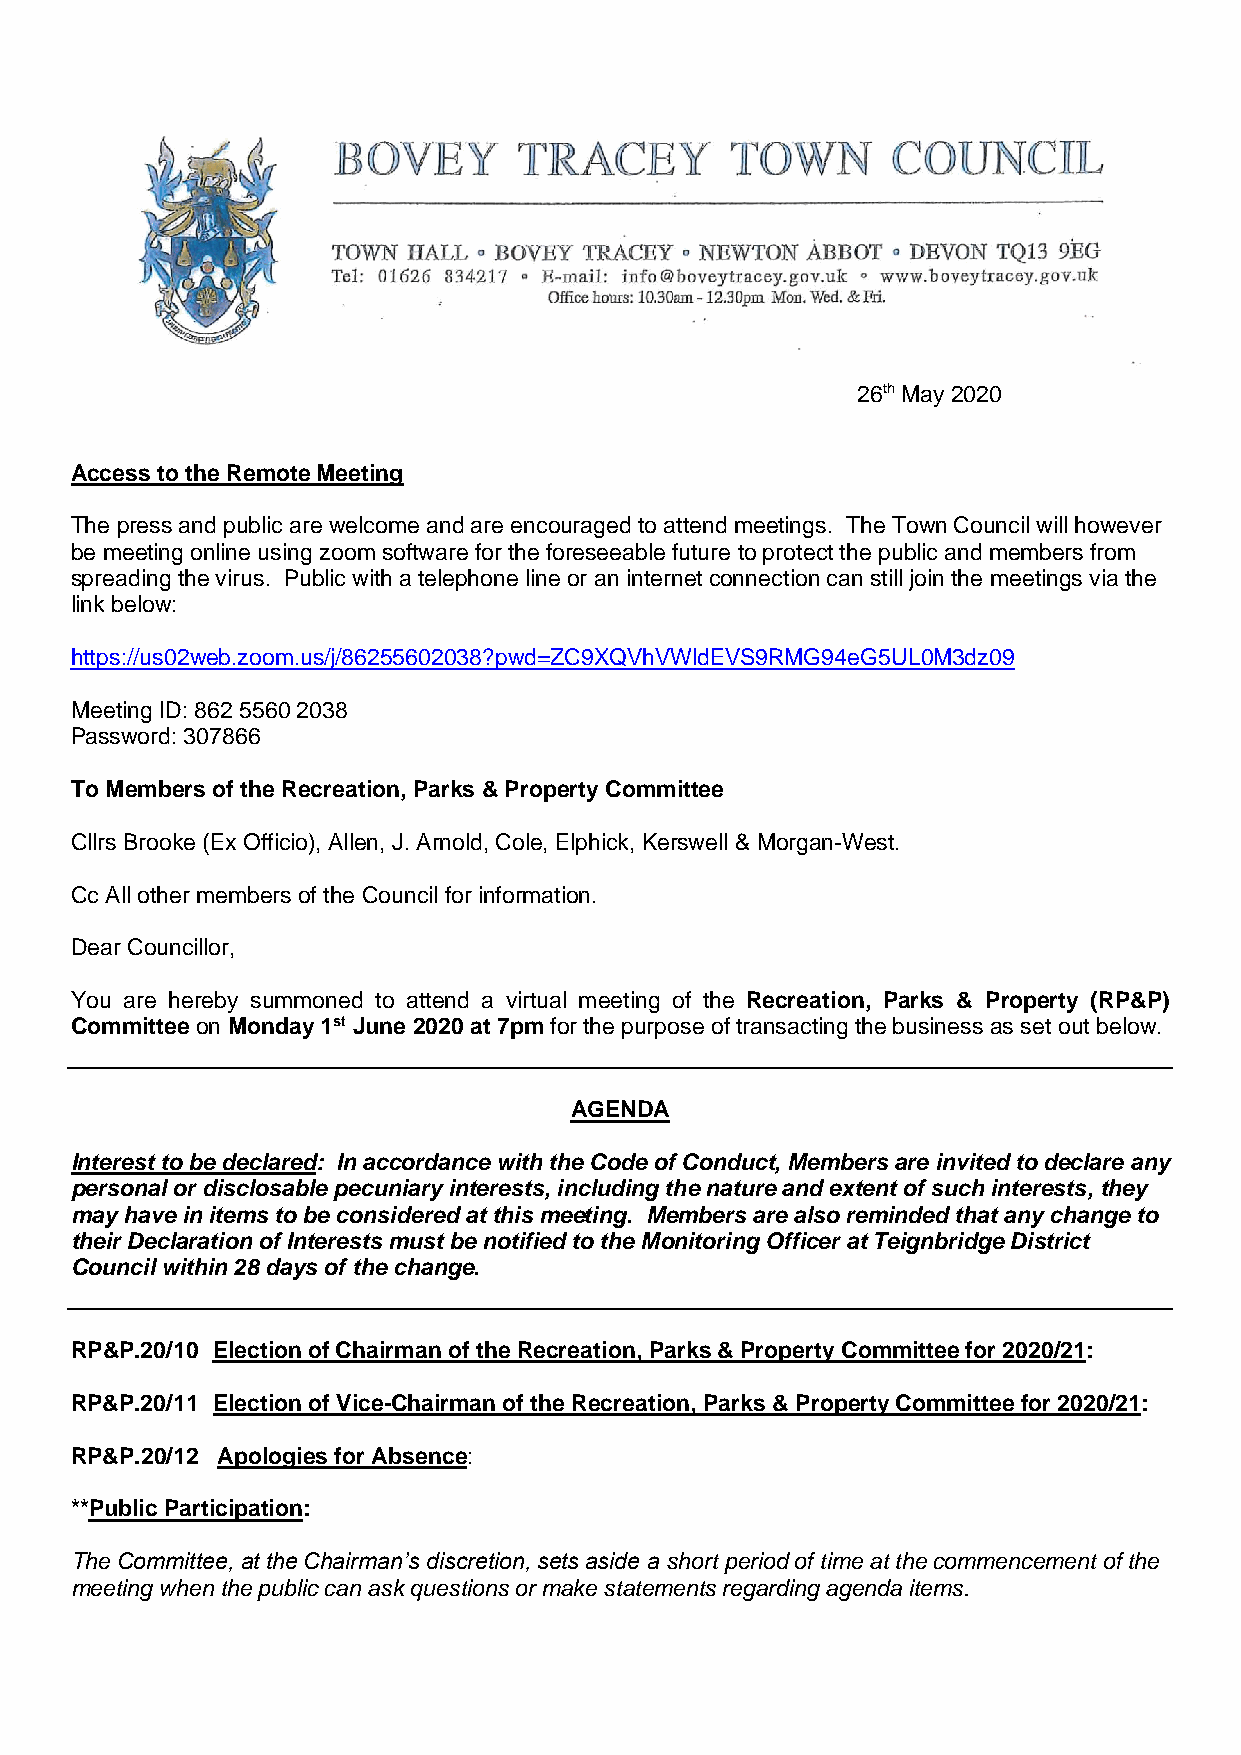
26th May 2020
 Access to the Remote Meeting
 The press and public are welcome and are encouraged to attend meetings. The Town Council will however
 be meeting online using zoom software for the foreseeable future to protect the public and members from
 spreading the virus. Public with a telephone line or an internet connection can still join the meetings via the
 link below:
 https://us02web.zoom.us/j/86255602038?pwd=ZC9XQVhVWldEVS9RMG94eG5UL0M3dz09
 Meeting ID: 862 5560 2038
 Password: 307866
 To Members of the Recreation, Parks & Property Committee
 Cllrs Brooke (Ex Officio), Allen, J. Arnold, Cole, Elphick, Kerswell & Morgan-West.
 Cc All other members of the Council for information.
 Dear Councillor,
 You are hereby summoned to attend a virtual meeting of the Recreation, Parks & Property (RP&P)
 Committee on Monday 1st June 2020 at 7pm for the purpose of transacting the business as set out below.
 AGENDA
 Interest to be declared: In accordance with the Code of Conduct, Members are invited to declare any
 personal or disclosable pecuniary interests, including the nature and extent of such interests, they
 may have in items to be considered at this meeting. Members are also reminded that any change to
 their Declaration of Interests must be notified to the Monitoring Officer at Teignbridge District
 Council within 28 days of the change.
 RP&P.20/10 Election of Chairman of the Recreation, Parks & Property Committee for 2020/21:
 RP&P.20/11 Election of Vice-Chairman of the Recreation, Parks & Property Committee for 2020/21:
 RP&P.20/12 Apologies for Absence:
 **Public Participation:
 The Committee, at the Chairman’s discretion, sets aside a short period of time at the commencement of the
 meeting when the public can ask questions or make statements regarding agenda items.